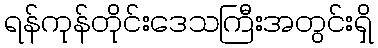
ရန်ကုန်တိုင်းဒေသကြီးအတွင်းရှိ